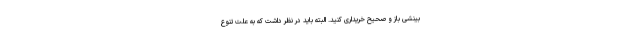
بینشی باز و صحیح خریداری کنید. البته باید در نظر داشت که به علت تنوع